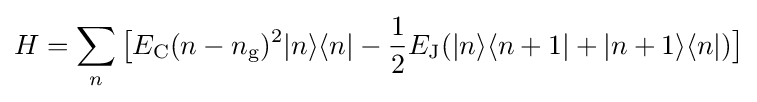
H=\sum _{n}{\big [}E_{\rm {C}}(n-n_{\rm {g}})^{2}|n\rangle \langle n|-{\frac {1}{2}}E_{\rm {J}}(|n\rangle \langle n+1|+|n+1\rangle \langle n|){\big ]}